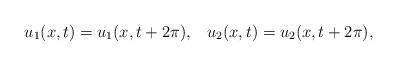
LaTeX: \begin{align*} u_{1}(x,t)=u_{1}(x,t+2\pi), \;\;\; u_{2}(x,t)=u_{2}(x,t+2\pi), \end{align*}